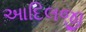
આદિલજી